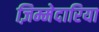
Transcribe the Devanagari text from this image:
ज़िम्मेदारिया